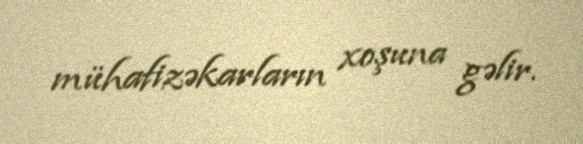
mühafizəkarların xoşuna gəlir.